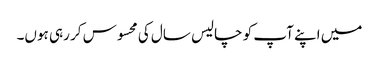
میں اپنے آپ کو چالیس سال کی محسوس کر رہی ہوں۔